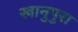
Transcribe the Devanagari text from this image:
खानुपुरा